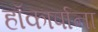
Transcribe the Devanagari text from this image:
हॉकार्पाना